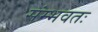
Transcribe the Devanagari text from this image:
संम्भवतः